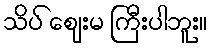
သိပ် ဈေးမ ကြီးပါဘူး။